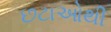
છટાઓથી